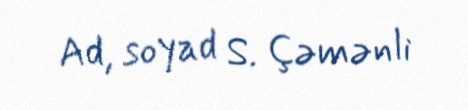
Ad, soyad S. Çəmənli